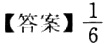
【答案】\(\frac{1}{6}\)